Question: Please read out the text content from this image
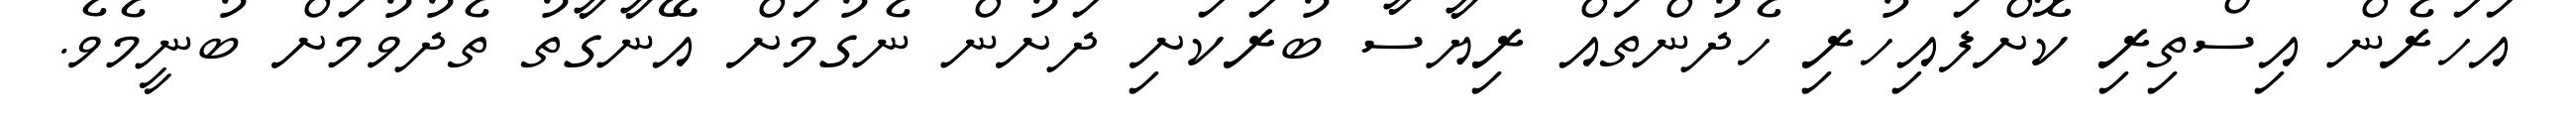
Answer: އަހަރެން އިސްތިރި ކޮށްފައިހުރި ހެދުންތައް ރިޔާސާ ބުރަކަށި ދަށުން ނެގުމަށް އޭނާގާތު ތެދުވުމަށް ބުނީމެވެ.